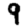
Digit: 9